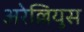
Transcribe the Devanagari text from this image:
अरेल्लियुस